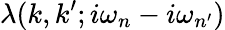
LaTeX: \lambda(k,k^{\prime};i\omega_{n}-i\omega_{n^{\prime}})